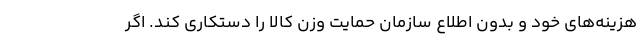
هزینه‌های خود و بدون اطلاع سازمان حمایت وزن کالا را دستکاری کند. اگر